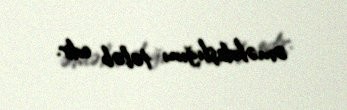
əməkdaşlığını tələb edir.